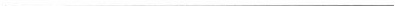
___